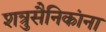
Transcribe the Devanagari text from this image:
शत्रुसैनिकांना